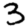
Digit: 3